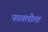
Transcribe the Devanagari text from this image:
फागलीला